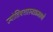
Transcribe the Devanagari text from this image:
ज्योतिषशास्त्राप्रमाणे